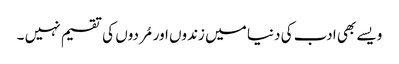
ویسے بھی ادب کی دنیا میں زندوں اور مُردوں کی تقسیم نہیں ۔